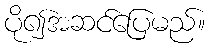
ပို၍အဆင်ပြေမည်။